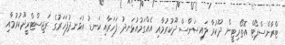
ޓްރާންސްޕޯޓް އޮތޯރިޓީން ދޫކުރާ ލައިސަންސް ދޫކުރުމާއި އެއްގަމުއުޅަނދު ފަހަރާއި ކަނޑު އުޅަނދުފަހަރުގެ ރަޖިސްޓްރީދޫކުުރުމާއި